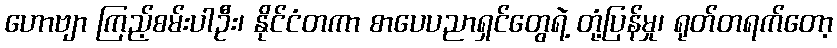
ဟောဗျာ ကြည့်စမ်းပါဦး၊ နိုင်ငံတကာ စာပေပညာရှင်တွေရဲ့ တုံ့ပြန်မှု၊ ရုတ်တရက်တော့